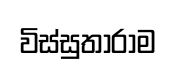
විස්සුතාරාම